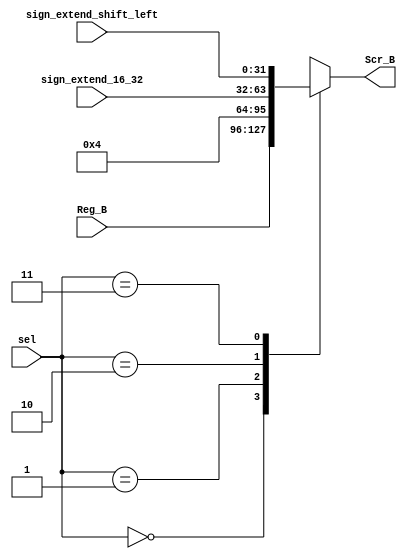
module mux_ulaB(
    input wire [1:0] sel,
    input wire [31:0] Reg_B,
    input wire [31:0] sign_extend_16_32,
    input wire [31:0] sign_extend_shift_left,
    output reg [31:0] Scr_B
);

    always@(*) begin
        case (sel)
        2'b00: Scr_B = Reg_B;
        2'b01: Scr_B = 32'b100;
        2'b10: Scr_B = sign_extend_16_32;
        2'b11: Scr_B = sign_extend_shift_left;
        endcase
    end
endmodule